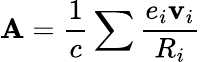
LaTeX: \textbf{A}=\frac{1}{c}\sum\frac{e_{i}\textbf{v}_{i}}{R_{i}}